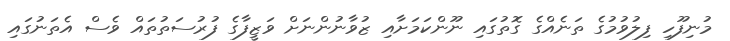
މުނިފޫހި ފިލުވުމުގެ ތަނެއްގެ ގޮތުގައި ނޫންކަމަށާއި ޒުވާނުންނަށް ވަޒީފާގެ ފުރުސަތުތައް ވެސް އެތަނުގައި